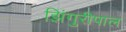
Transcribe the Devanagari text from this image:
झिंगुरीपाल